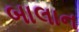
બાલાન